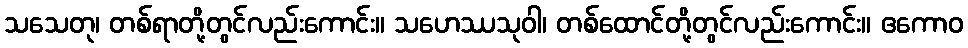
သသေတု၊ တစ်ရာတို့တွင်လည်းကောင်း။ သဟေဿသုဝါ၊ တစ်ထောင်တို့တွင်လည်းကောင်း။ ဧကောဝ